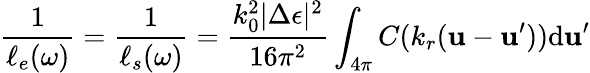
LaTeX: \frac{1}{\ell_{e}(\omega)}=\frac{1}{\ell_{s}(\omega)}=\frac{k_{0}^{2}|\Delta\epsilon|^{2}}{16\pi^{2}}\int_{4\pi}C(k_{r}(\boldsymbol{\mathbf{u}}-\boldsymbol{\mathbf{u}}^{\prime}))\mathrm{d}\boldsymbol{\mathbf{u}}^{\prime}